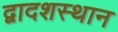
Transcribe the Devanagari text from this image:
द्वादशस्थान